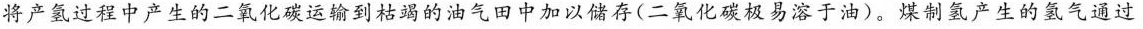
将产氢过程中产生的二氧化碳运输到枯竭的油气田中加以储存(二氧化碳极易溶于油)。煤制氢产生的氢气通过